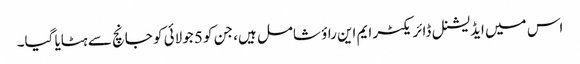
اس میں ایڈیشنل ڈائریکٹر ایم این راؤ شامل ہیں، جن کو 5 جولائی کو جانچ سے ہٹایا گیا۔